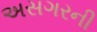
અસગરની